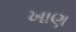
ખાણ